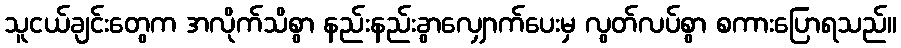
သူငယ်ချင်းတွေက အလိုက်သိစွာ နည်းနည်းခွာလျှောက်ပေးမှ လွတ်လပ်စွာ စကားပြောရသည်။